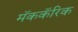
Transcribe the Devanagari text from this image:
मॅककॅरिक